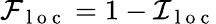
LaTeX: \mathcal{F}_{\mathrm{~l~o~c~}}=1-\mathcal{I}_{\mathrm{~l~o~c~}}